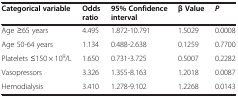
<table><thead><tr><td><b>Categorical variable</b></td><td><b>Odds ratio</b></td><td><b>95% Confidence interval</b></td><td><b>β Value</b></td><td><b><i>P</i></b></td></tr></thead><tbody><tr><td>Age ≥65 years</td><td>4.495</td><td>1.872-10.791</td><td>1.5029</td><td>0.0008</td></tr><tr><td>Age 50-64 years</td><td>1.134</td><td>0.488-2.638</td><td>0.1259</td><td>0.7700</td></tr><tr><td>Platelets ≤150 × 10<sup>9</sup>/L</td><td>1.650</td><td>0.731-3.725</td><td>0.5007</td><td>0.2282</td></tr><tr><td>Vasopressors</td><td>3.326</td><td>1.355-8.163</td><td>1.2018</td><td>0.0087</td></tr><tr><td>Hemodialysis</td><td>3.410</td><td>1.278-9.102</td><td>1.2268</td><td>0.0143</td></tr></tbody></table>